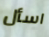
اسأل